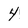
Character: 4